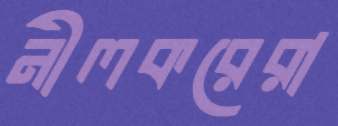
নীলকরেরা